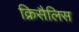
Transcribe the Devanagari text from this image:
क्रिसैलिस